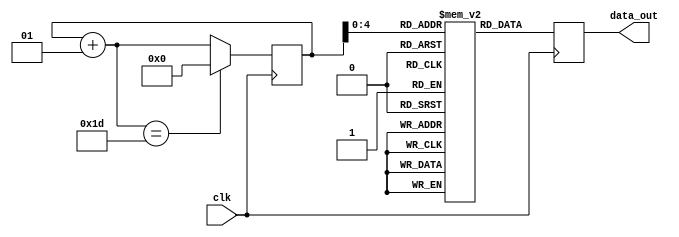
`default_nettype none

 module sine_wave_gen(clk, data_out);
//declare input and output
    input clk;
    output [7:0] data_out;
//declare the sine ROM - 30 registers each 8 bit wide.  
    reg [7:0] sine [0:29];
//Internal signals  
    integer i;  
    reg [7:0] data_out; 
//Initialize the sine rom with samples. 
    initial begin
        i = 0;
        sine[0] = 0;
        sine[1] = 16;
        sine[2] = 31;
        sine[3] = 45;
        sine[4] = 58;
        sine[5] = 67;
        sine[6] = 74;
        sine[7] = 77;
        sine[8] = 77;
        sine[9] = 74;
        sine[10] = 67;
        sine[11] = 58;
        sine[12] = 45;
        sine[13] = 31;
        sine[14] = 16;
        sine[15] = 0;
        sine[16] = -16;
        sine[17] = -31;
        sine[18] = -45;
        sine[19] = -58;
        sine[20] = -67;
        sine[21] = -74;
        sine[22] = -77;
        sine[23] = -77;
        sine[24] = -74;
        sine[25] = -67;
        sine[26] = -58;
        sine[27] = -45;
        sine[28] = -31;
        sine[29] = -16;
    end
    
    //At every positive edge of the clock, output a sine wave sample.
    always@ (posedge(clk))
    begin
        data_out = sine[i];
        i = i + 1;
        if(i == 29)
            i = 0;
    end

endmodule